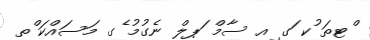
ްޓތަ ުކ ަގ ިއ ސާމް ަޕލް ނެގުމު ެގ މަސައްކަ ްތ